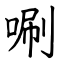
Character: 唰